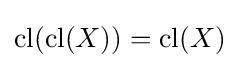
\operatorname {cl} (\operatorname {cl} (X))=\operatorname {cl} (X)